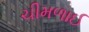
ચીમળાઈ